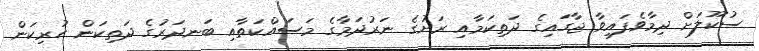
ސުކޫލަށް ދިމާވެފައިވާ ޖާގައިގެ ދަތިކަމާއި ރަށުގެ ނަރުދަމާގެ މަސައްކަތާއި ބަނދަރުގެ ދަތިކަން ހުރިކަން